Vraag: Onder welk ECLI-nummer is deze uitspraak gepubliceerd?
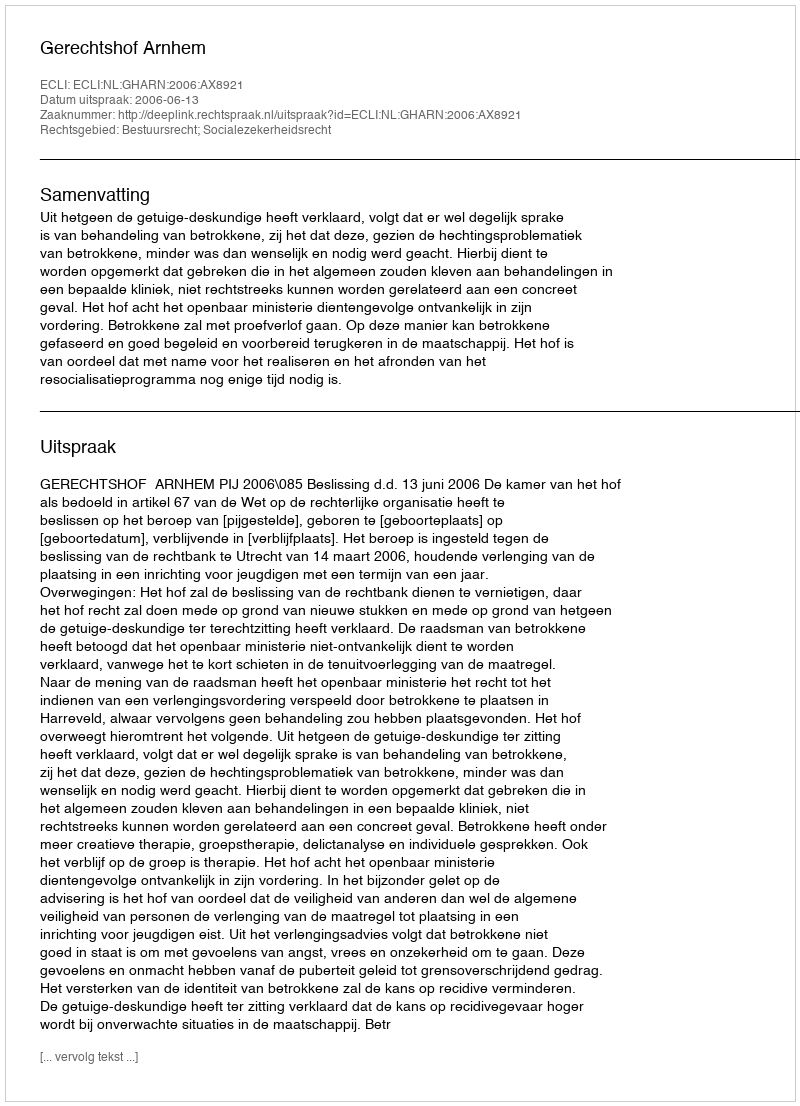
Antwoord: ECLI:NL:GHARN:2006:AX8921